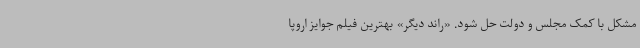
مشکل با کمک مجلس و دولت حل شود. «راند دیگر» بهترین فیلم جوایز اروپا